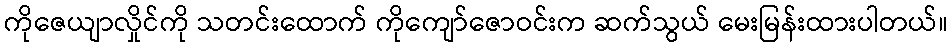
ကိုဇေယျာလှိုင်ကို သတင်းထောက် ကိုကျော်ဇောဝင်းက ဆက်သွယ် မေးမြန်းထားပါတယ်။